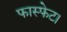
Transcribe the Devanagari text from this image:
फास्फेट।